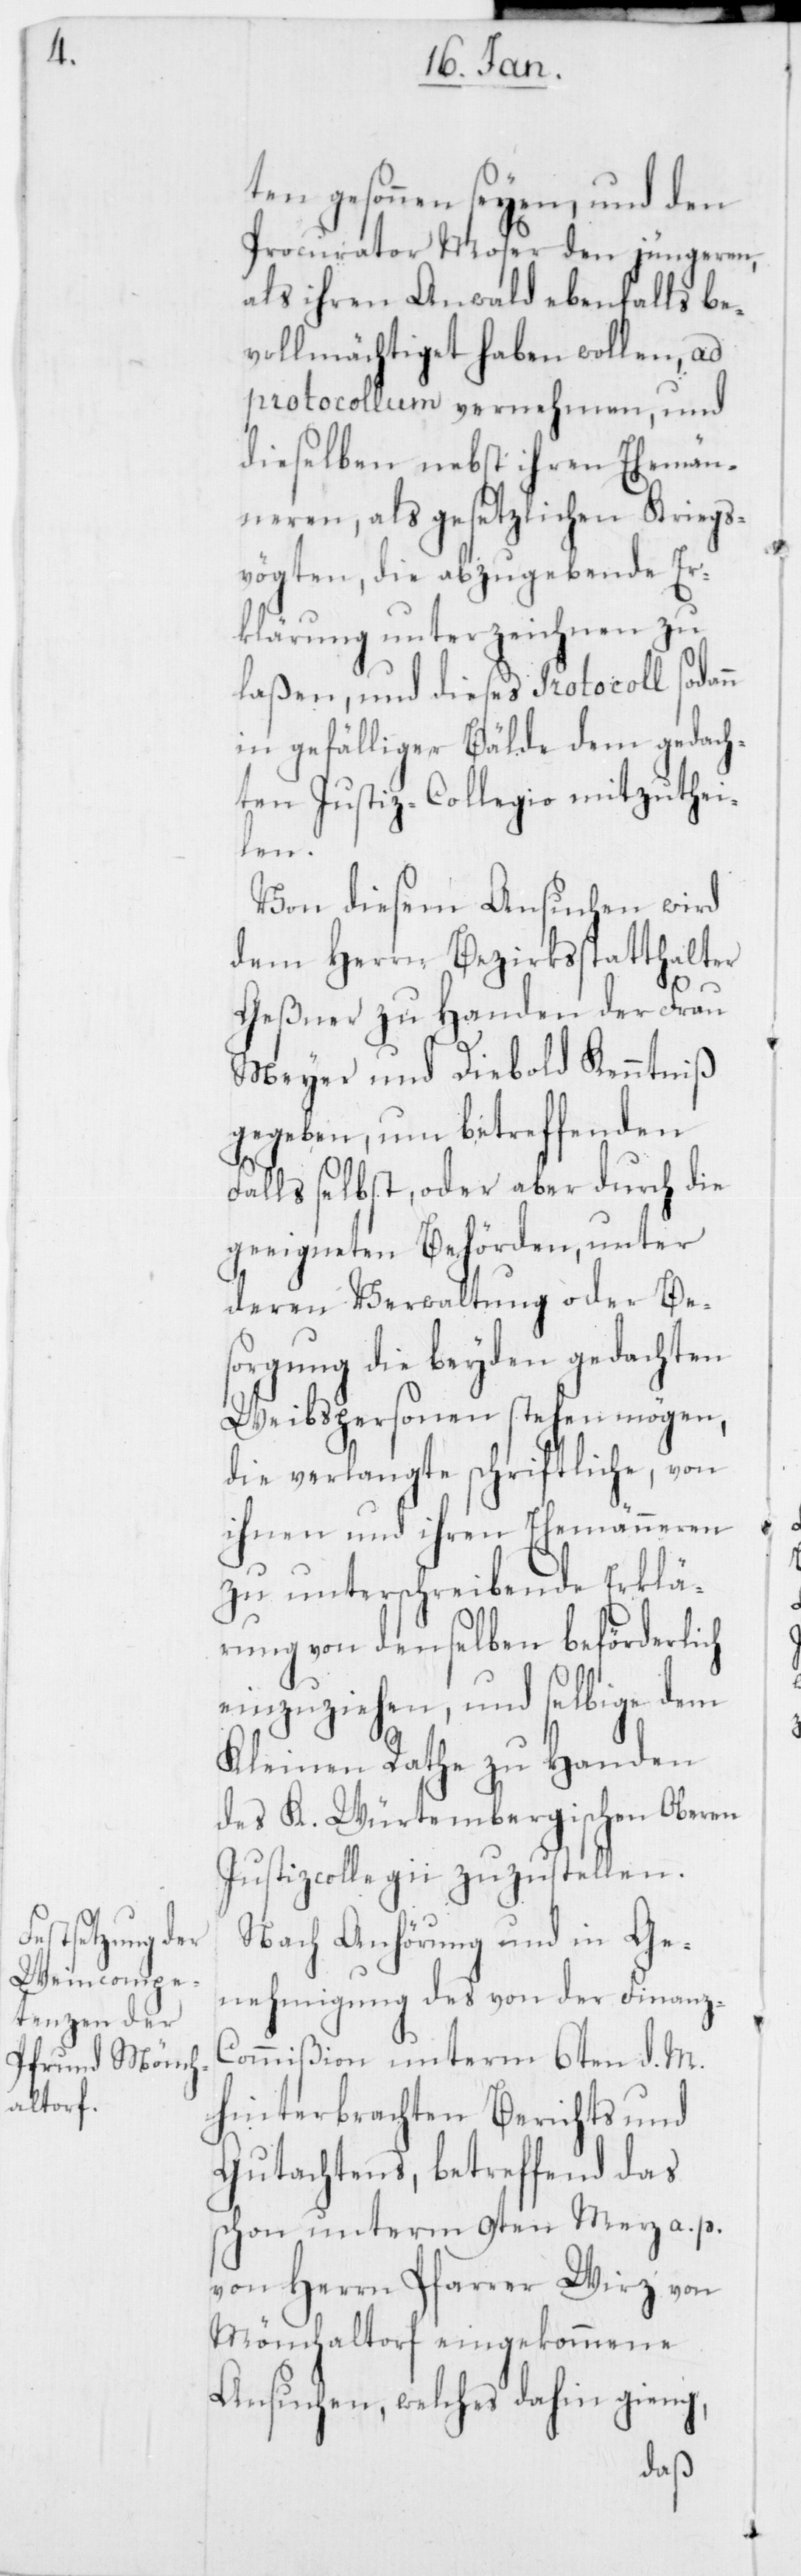
ten gesonnen seyen, und den
Procurator Moser den jüngeren,
als ihren Anwald ebenfalls be¬
vollmächtiget haben wollen, ad
protocollum vernehmen, und
dieselben nebst ihren Ehemän¬
neren, als gesetzlichen Kriegs¬
vögten, die abzugebende Er¬
klärung unterzeichnen zu
laßen, und dieses Protocoll sodann
in gefälliger Bälde dem gedach¬
ten Justiz-Collegio mitzuthei¬
len.
Von diesem Ansuchen wird
dem Herrn Bezirksstatthalter
Geßner zu Handen der Frau
Meyer und Diebold Kenntniß
gegeben, um betreffenden
Falls selbst, oder aber durch die
geeigneten Behörden, unter
deren Verwaltung oder Bes¬
orgung die beyden gedachten
Weibspersonen stehen mögen,
die verlangte schriftliche, von
ihnen und ihren Ehemänneren
zu unterschreibende Erklä¬
rung von denselben beförderlich
einzuziehen, und selbige dem
Kleinen Rathe zu Handen
Ober-J¬
des K. Würtembergischen
ustizcollegii zuzustellen.
Nach Anhörung und in Ge¬
nehmigung des von der Finanz-C¬
ommißion unterm 6ten d. M.
hinterbrachten Berichts und
Gutachtens, betreffend das
schon unterm 9ten Merz a. p.
von Herrn Pfarrer Wirz von
Mönchaltorf eingekommene
Ansuchen, welches dahin gieng,